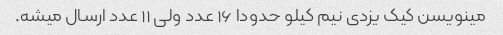
مینویسن کیک یزدی نیم کیلو حدودا ۱۶ عدد ولی ۱۱ عدد ارسال میشه.